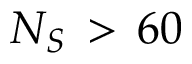
N _ { S } \, > \, 6 0